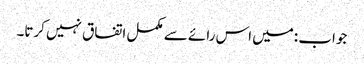
جواب :میں اس رائے سے مکمل اتفاق نہیں کرتا۔